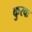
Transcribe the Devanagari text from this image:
कुरवः